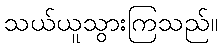
သယ်ယူသွားကြသည်။